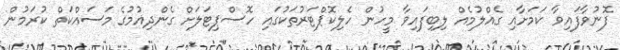
ފޮނުވާފައިވާ ކަމަށާއި ގެއްލުމެއް ލިބިފައިވާ މީހުން ހެލިކޮޕްޓަރުތަކުގައި ހޮސްޕިޓަލަށް ގެންދިއުމުގެ މަސައްކަތް ކުރަމުން